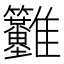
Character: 𩁳